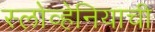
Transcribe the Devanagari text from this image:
स्लोव्हेनियाची